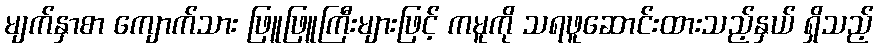
မျက်နှာစာ ကျောက်သား ဖြူဖြူကြီးများဖြင့် ကမူကို သရဖူဆောင်းထားသည့်နှယ် ရှိသည့်